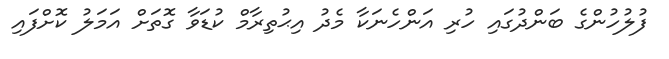
ފުލުހުންގެ ބަންދުގައި ހުރި އަންހެނަކާ މެދު އިޙުތިރާމް ކުޑަވާ ގޮތަށް އަމަލު ކޮށްފައި